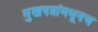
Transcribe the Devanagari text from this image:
मुखपत्रांमधूनच